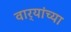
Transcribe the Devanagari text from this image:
वार्‍यांच्या